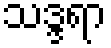
သဒ္ဒရာ